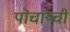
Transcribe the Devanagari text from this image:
पोचाय्ची